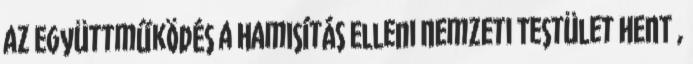
az együttműködés a Hamisítás Elleni Nemzeti Testület HENT ,